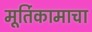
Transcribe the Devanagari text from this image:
मूर्तिकामाचा